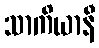
သာကိယာနီ